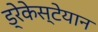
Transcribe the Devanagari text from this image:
ड्रेकेस्टेयान